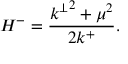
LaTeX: H ^ { - } = \frac { { k ^ { \perp } } ^ { 2 } + \mu ^ { 2 } } { 2 k ^ { + } } . \,